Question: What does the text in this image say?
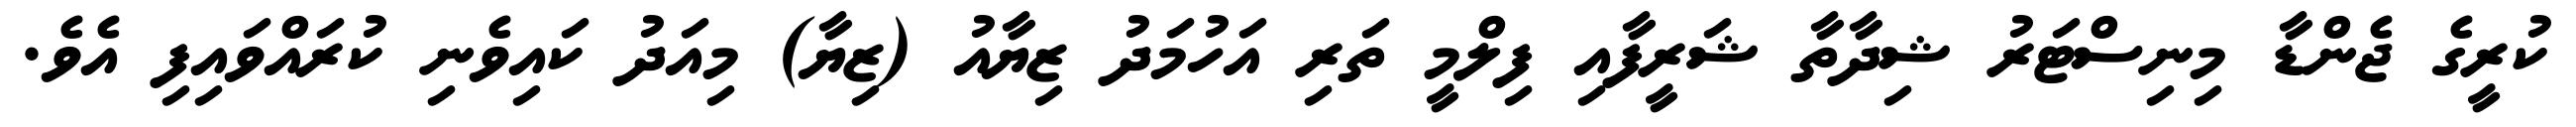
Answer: ކުރީގެ ޖެންޑާ މިނިސްޓަރު ޝިދާތާ ޝަރީފާއި ފިލްމީ ތަރި އަހުމަދު ޒިޔާއު (ޒިޔާ) މިއަދު ކައިވެނި ކުރައްވައިފި އެވެ.